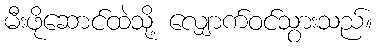
မီးဖိုဆောင်ထဲသို့ လျှောက်ဝင်သွားသည်။